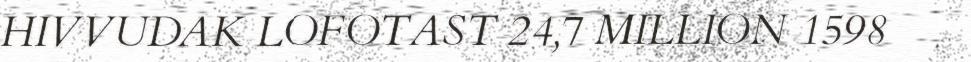
HIVVUDAK LOFOTAST 24,7 MILLION 1598